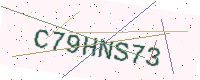
Text: C79HNS73